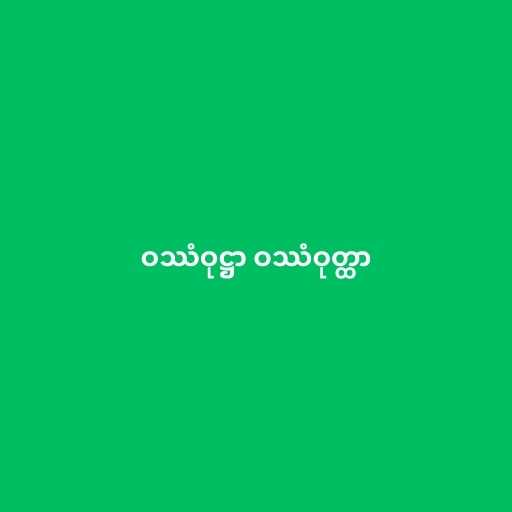
ဝဿံဝုဋ္ဌာ ဝဿံဝုတ္ထာ